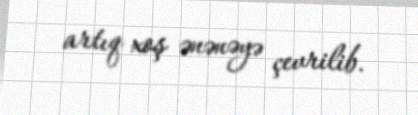
artıq xoş ənənəyə çevrilib.